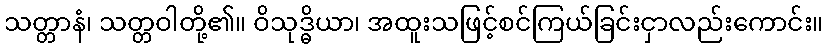
သတ္တာနံ၊ သတ္တဝါတို့၏။ ဝိသုဒ္ဓိယာ၊ အထူးသဖြင့်စင်ကြယ်ခြင်းငှာလည်းကောင်း။